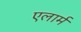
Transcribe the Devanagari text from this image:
एलार्म